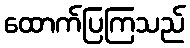
ထောက်ပြကြသည်